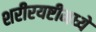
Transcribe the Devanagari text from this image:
शरीरयष्टीमध्ये